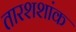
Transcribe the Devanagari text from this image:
तारशशांक